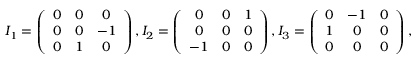
\begin{array} { r } { I _ { 1 } = \left( \begin{array} { c c c } { 0 } & { 0 } & { 0 } \\ { 0 } & { 0 } & { - 1 } \\ { 0 } & { 1 } & { 0 } \end{array} \right) , I _ { 2 } = \left( \begin{array} { c c c } { 0 } & { 0 } & { 1 } \\ { 0 } & { 0 } & { 0 } \\ { - 1 } & { 0 } & { 0 } \end{array} \right) , I _ { 3 } = \left( \begin{array} { c c c } { 0 } & { - 1 } & { 0 } \\ { 1 } & { 0 } & { 0 } \\ { 0 } & { 0 } & { 0 } \end{array} \right) , } \end{array}